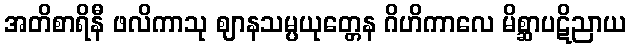
အတိစာရိနီ ဖလိကာသု ဈာနသမ္ပယုတ္တေန ဂိဟိကာလေ မိစ္ဆာပဋိညာယ